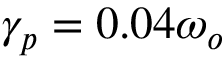
\gamma _ { p } = 0 . 0 4 \omega _ { o }